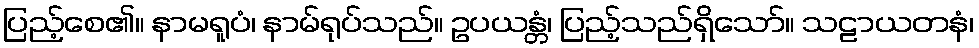
ပြည့်စေ၏။ နာမရူပံ၊ နာမ်ရုပ်သည်။ ဥပယန္တံ၊ ပြည့်သည်ရှိသော်။ သဠာယတနံ၊